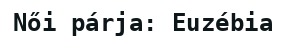
Női párja: Euzébia